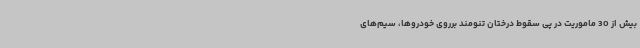
بیش از 30 ماموریت در پی سقوط درختان تنومند برروی خودروها، سیم‌های